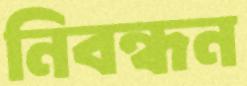
নিবন্ধন